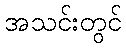
အသင်းတွင်